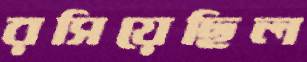
রসিয়েছিল